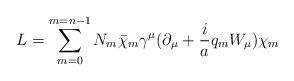
\begin{align*}L= \sum_{m=0} ^{m=n-1} N_m \bar\chi_m \gamma^\mu (\partial_\mu +\frac{i}{a} q_m W_\mu)\chi_m\end{align*}